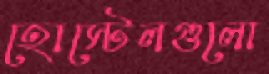
হোস্টেলগুলো